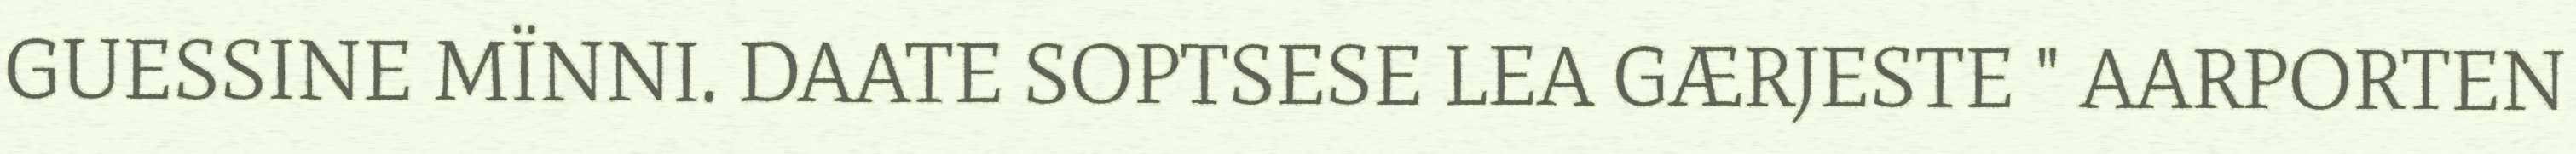
GUESSINE MÏNNI. DAATE SOPTSESE LEA GÆRJESTE " AARPORTEN